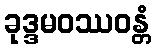
ခုဒ္ဒမဝဿဝန္တံ